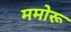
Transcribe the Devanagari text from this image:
ममोरू